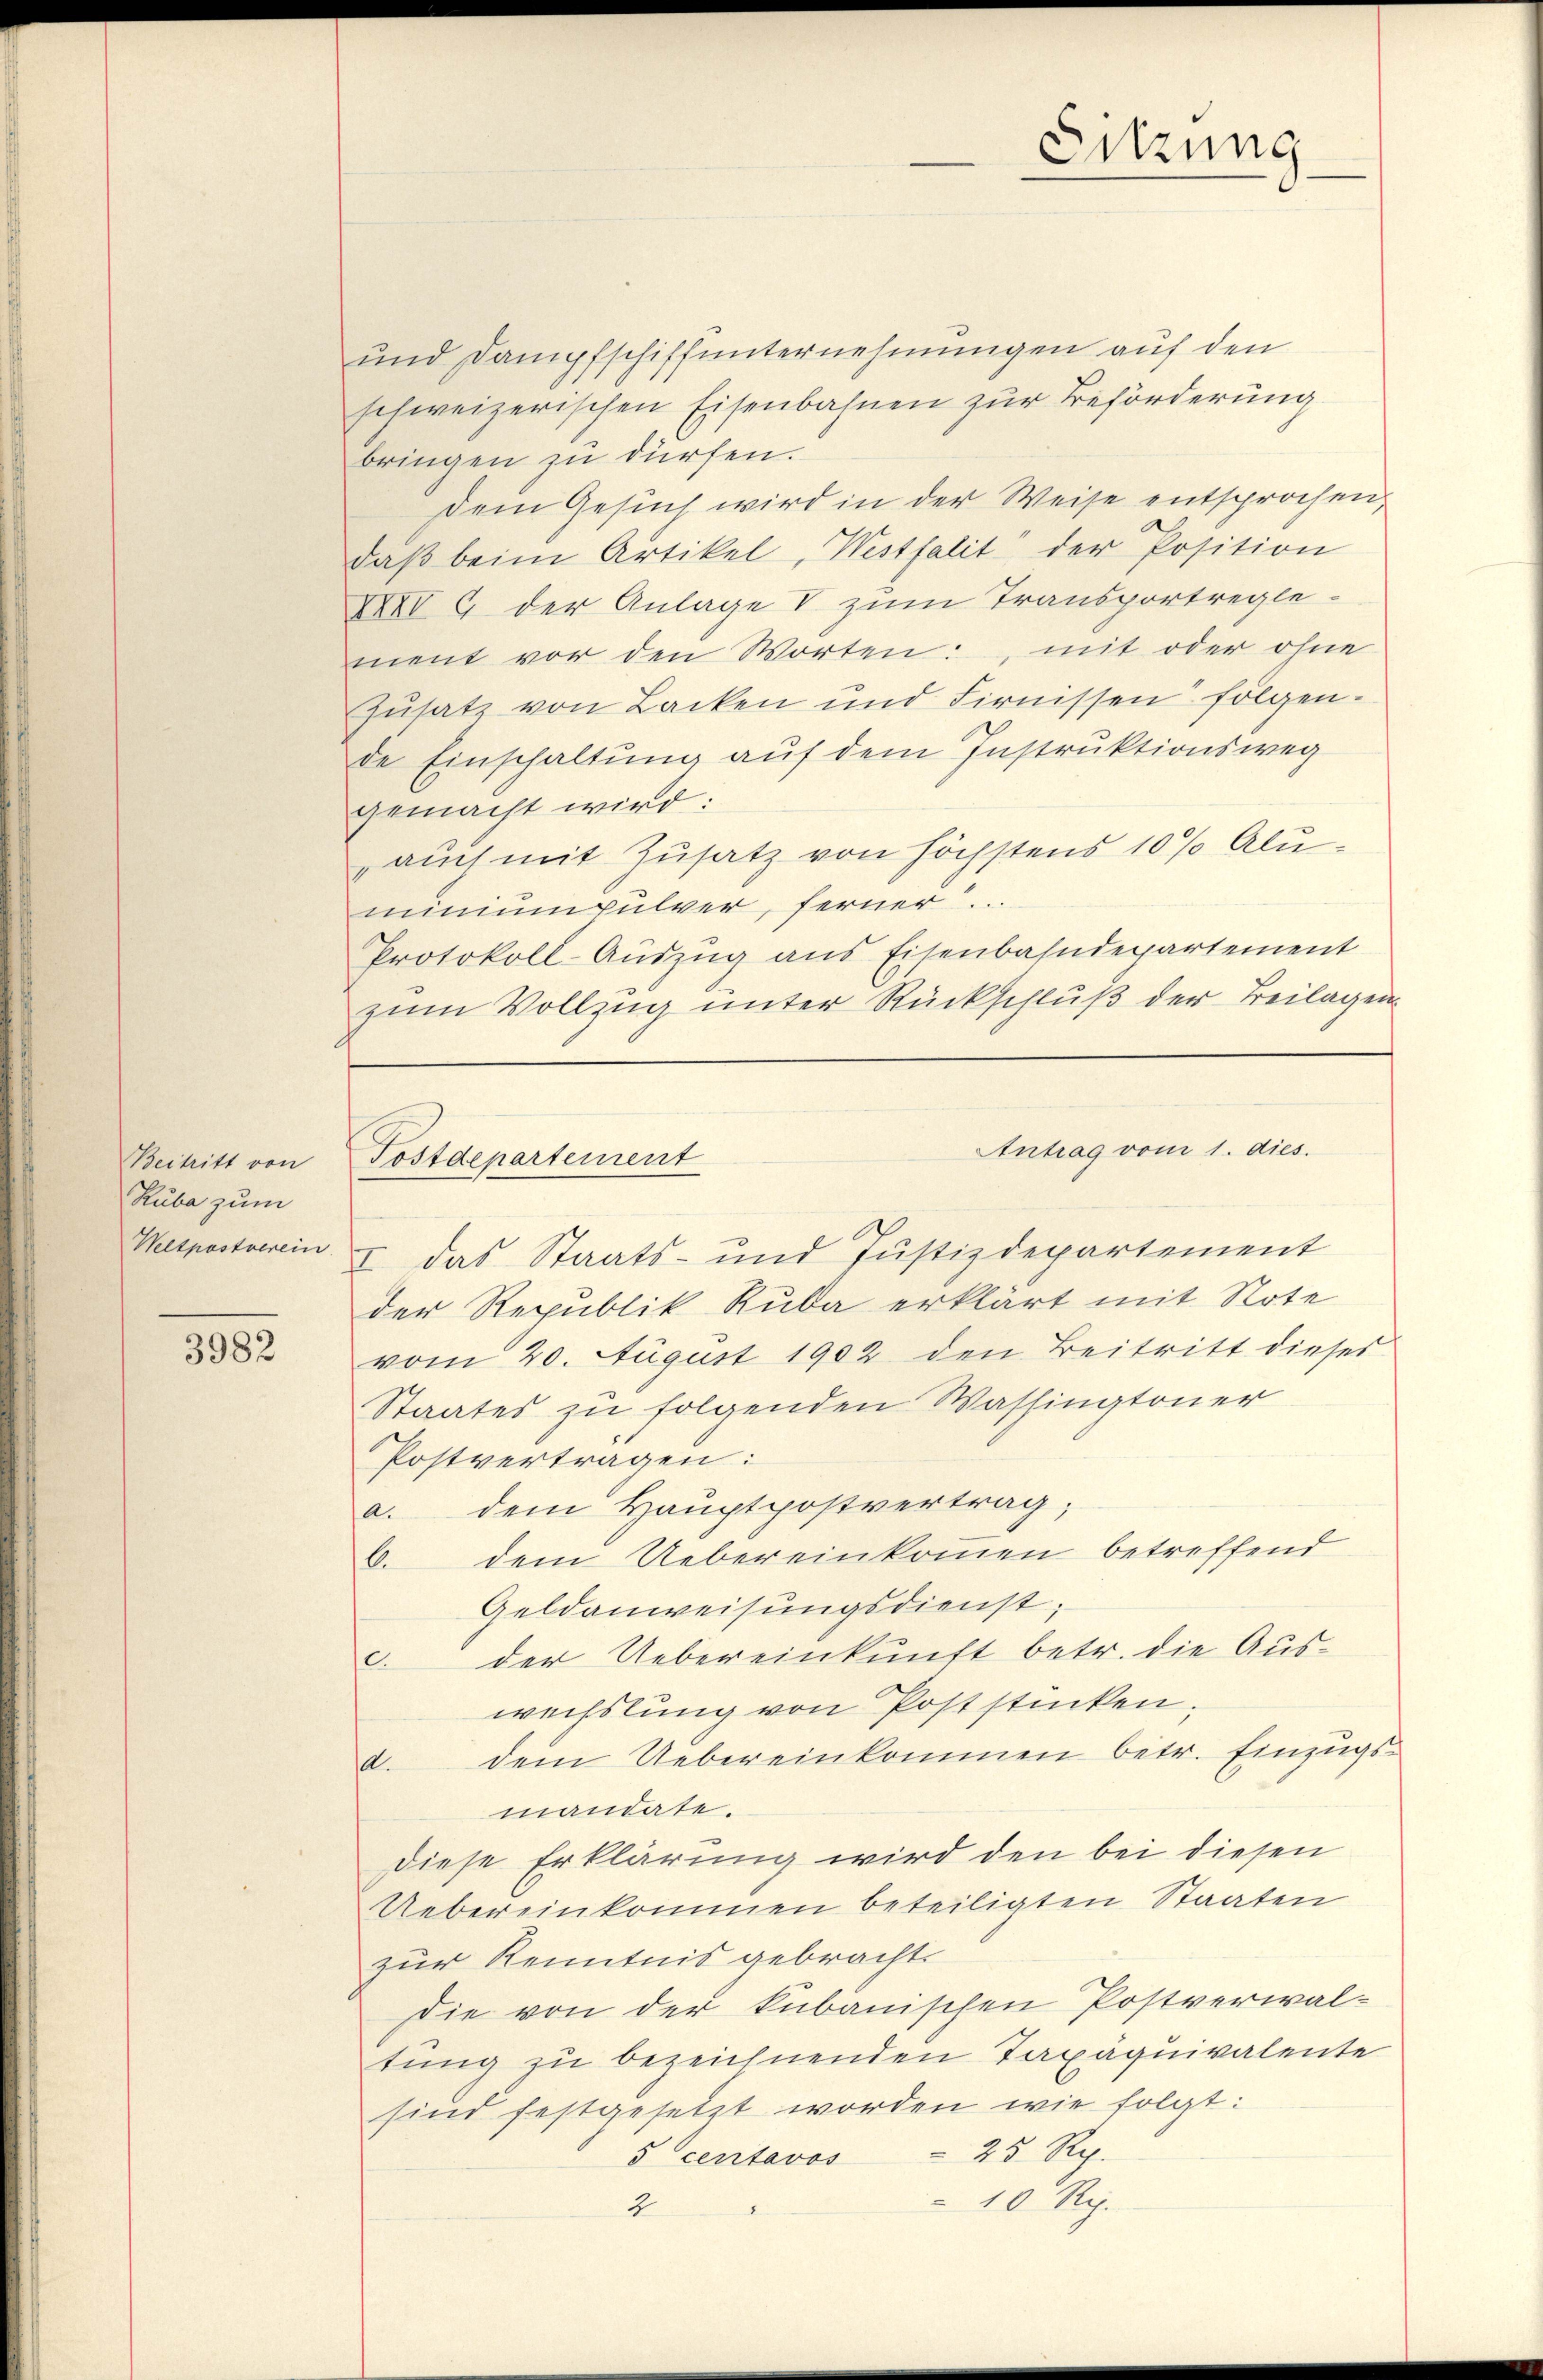
Beitritt von
Ruba zum
Weltpostverein

3982

und Dampfschiffunternehmungen auf den
schweizerischen Eisenbahnen zur Beförderung
bringen zu dürfen.
dem Gesuch wird in der Weise entsprochen,
daβ beim Artikel, Westfalt der Position
XXIV 9 der Anlage V zum Transportreglement vor den Worten:, mit oder ohne
Zŭsatz von Backen und Firnissen folgen.
de Einschaltung auf dem Instruktionsweg
gemacht wird:
auch mit Zusatz von höchstens 10 % Aluminiumpulver, ferner.
Protokoll-Auszug aus Eisenbahndepartement
zum Vollzug unter Rückschluß der Beilagen

Postdepartement

I. das Staats- und Justizdepartement
der Republik Ruba erklärt mit Note
vom 20. August 1902 den Beitritt dieses
Staates zu folgenden Washingtoner
Postvertragen:
a. dem Hauptpostvertrag;
C. dem Uebereinkommen betreffend
Geldanweisungsdienst;
der Uebereinkunft betr. die Ausc.
wechslung von Poststücken.
d. dem Uebereinkommen betr. Einzŭgs-
mandate.
diese Erklärung wird den bei diesen
Uebereinkommen beteiligten Staaten
zur Kenntnis gebracht.
Die von der kubanischen Postverwaltung zu bezeichnenden Taxäquivalente
sind festgesetzt worden wie folgt:
25 Rp.
5 centavos
10 Rp.
4

Antrag vom 1. dies.

Sitzung